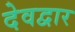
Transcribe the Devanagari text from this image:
देवद्वार